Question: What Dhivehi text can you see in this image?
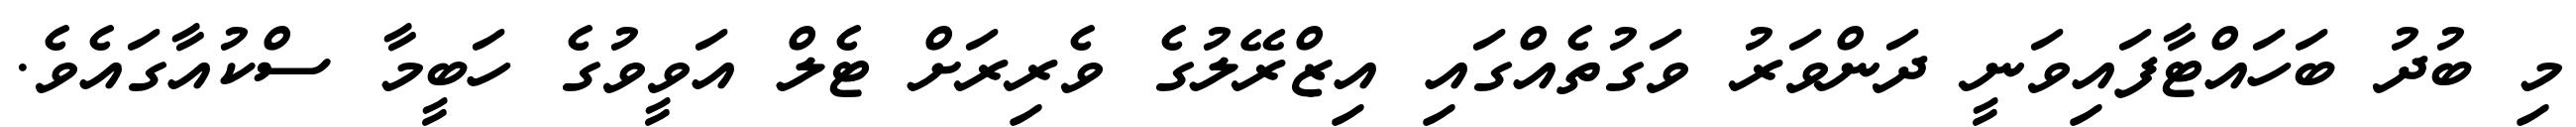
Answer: މި ބުދު ބަހައްޓާފައިވަނީ ދަންވަރު ވަގުތެއްގައި އިޒްރޭލުގެ ވެރިރަށް ޓެލް އަވީވުގެ ހަބީމާ ސްކުއާގައެވެ.